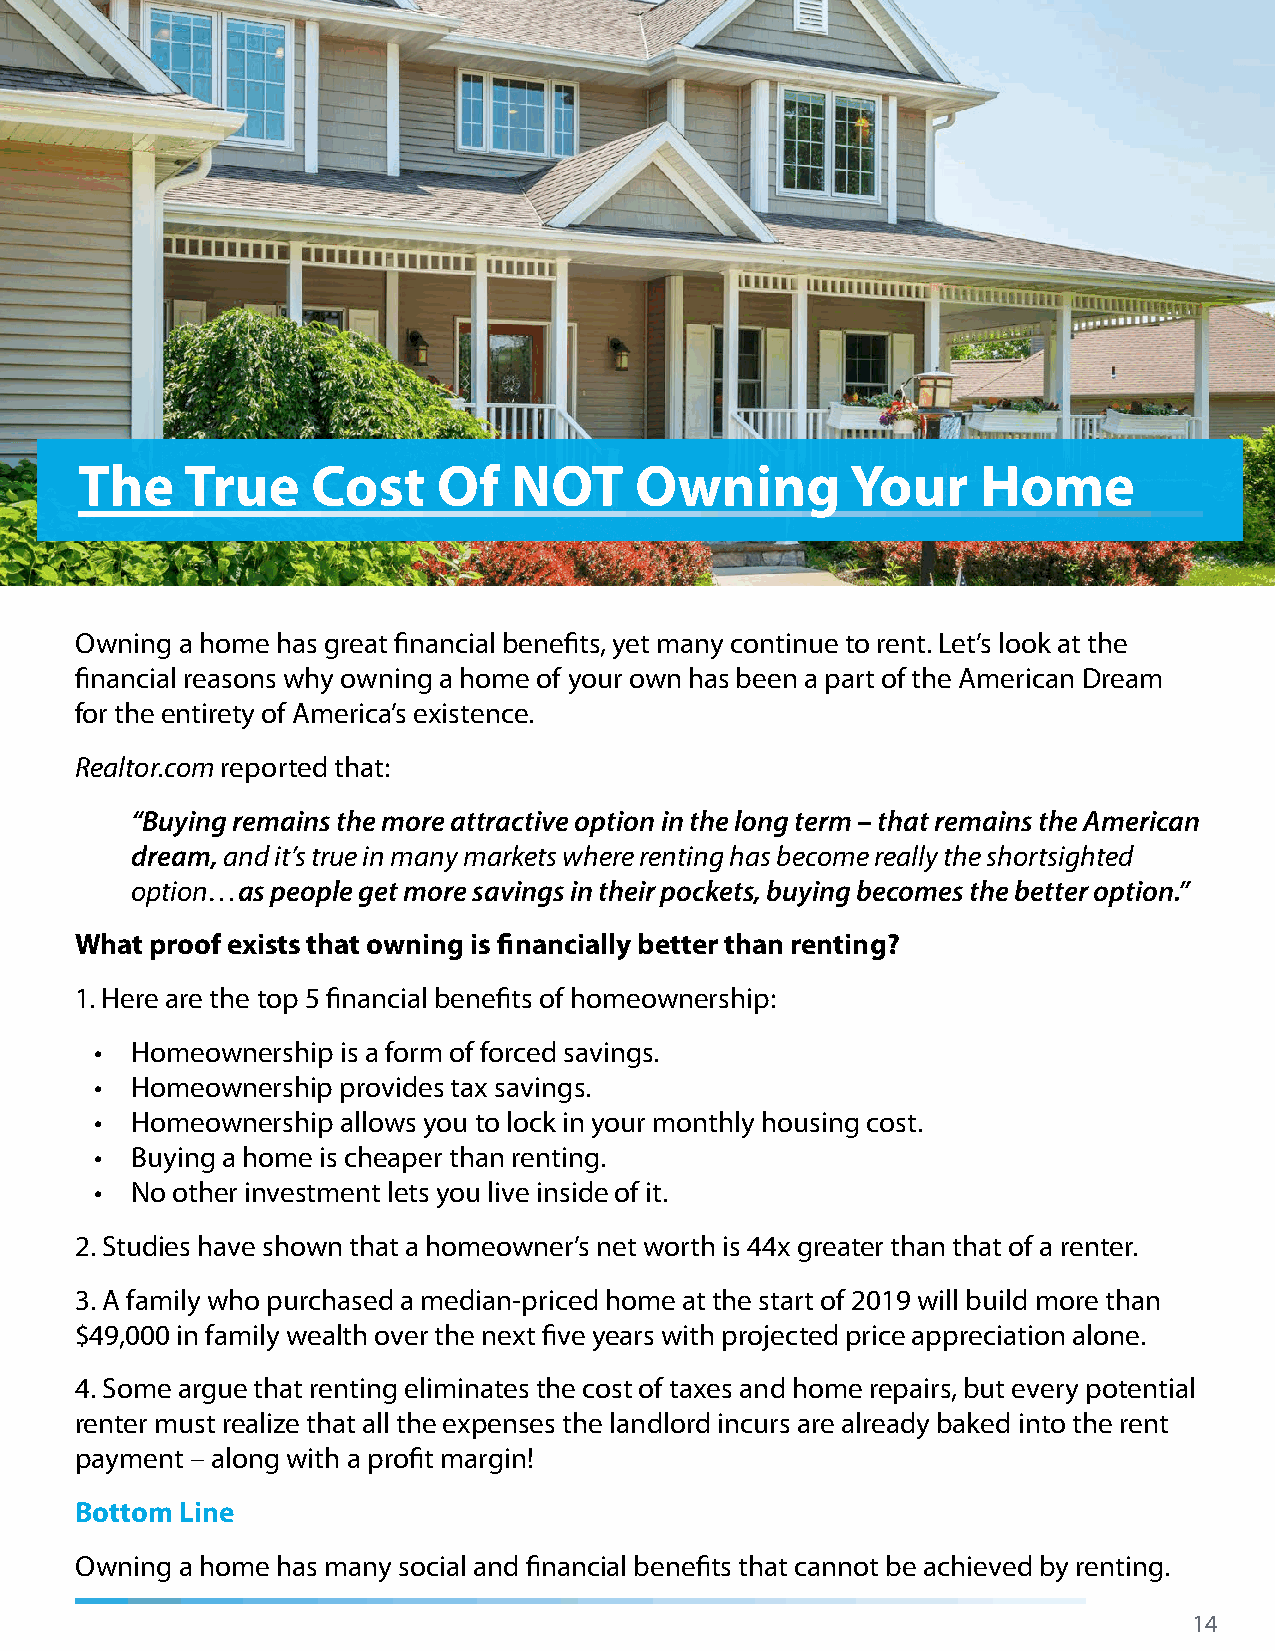
The    True     Cost    Of   NOT     Owning        Your     Home
 Owning a home has great financial benefits, yet many continue to rent. Let’s look at the
 financial reasons why owning a home of your own has been a part of the American Dream
 for the entirety of America’s existence.
 Realtor.com reported that:
 “Buying remains the more attractive option in the long term – that remains the American
 dream, and it’s true in many markets where renting has become really the shortsighted
 option…as people get more savings in their pockets, buying becomes the better option.”
 What proof exists that owning is financially better than renting?
 1. Here are the top 5 financial benefits of homeownership:
 •  Homeownership is a form of forced savings.
 •  Homeownership provides tax savings.
 •  Homeownership allows you to lock in your monthly housing cost.
 •  Buying a home is cheaper than renting.
 •  No other investment lets you live inside of it.
 2. Studies have shown that a homeowner’s net worth is 44x greater than that of a renter.
 3. A family who purchased a median-priced home at the start of 2019 will build more than
 $49,000 in family wealth over the next five years with projected price appreciation alone.
 4. Some argue that renting eliminates the cost of taxes and home repairs, but every potential
 renter must realize that all the expenses the landlord incurs are already baked into the rent
 payment – along with a profit margin!
 Bottom Line
 Owning a home has many social and financial benefits that cannot be achieved by renting.
 14